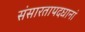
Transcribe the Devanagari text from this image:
संसारतापदघानां